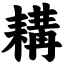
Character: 耩